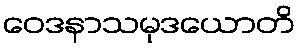
ဝေဒနာသမုဒယောတိ